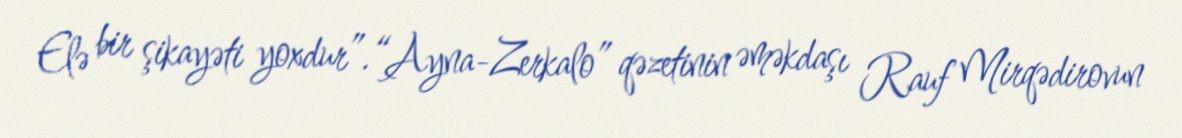
Elə bir şikayəti yoxdur”.“Ayna-Zerkalo” qəzetinin əməkdaşı Rauf Mirqədirovun